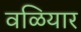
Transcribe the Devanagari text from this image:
वळियार